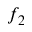
f _ { 2 }